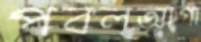
পবলআগা